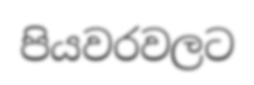
පියවරවලට